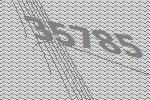
35785